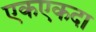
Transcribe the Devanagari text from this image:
एकएकदा